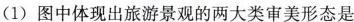
(1)图中体现出旅游景观的两大类审美形态是